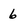
Character: 6